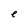
Character: e